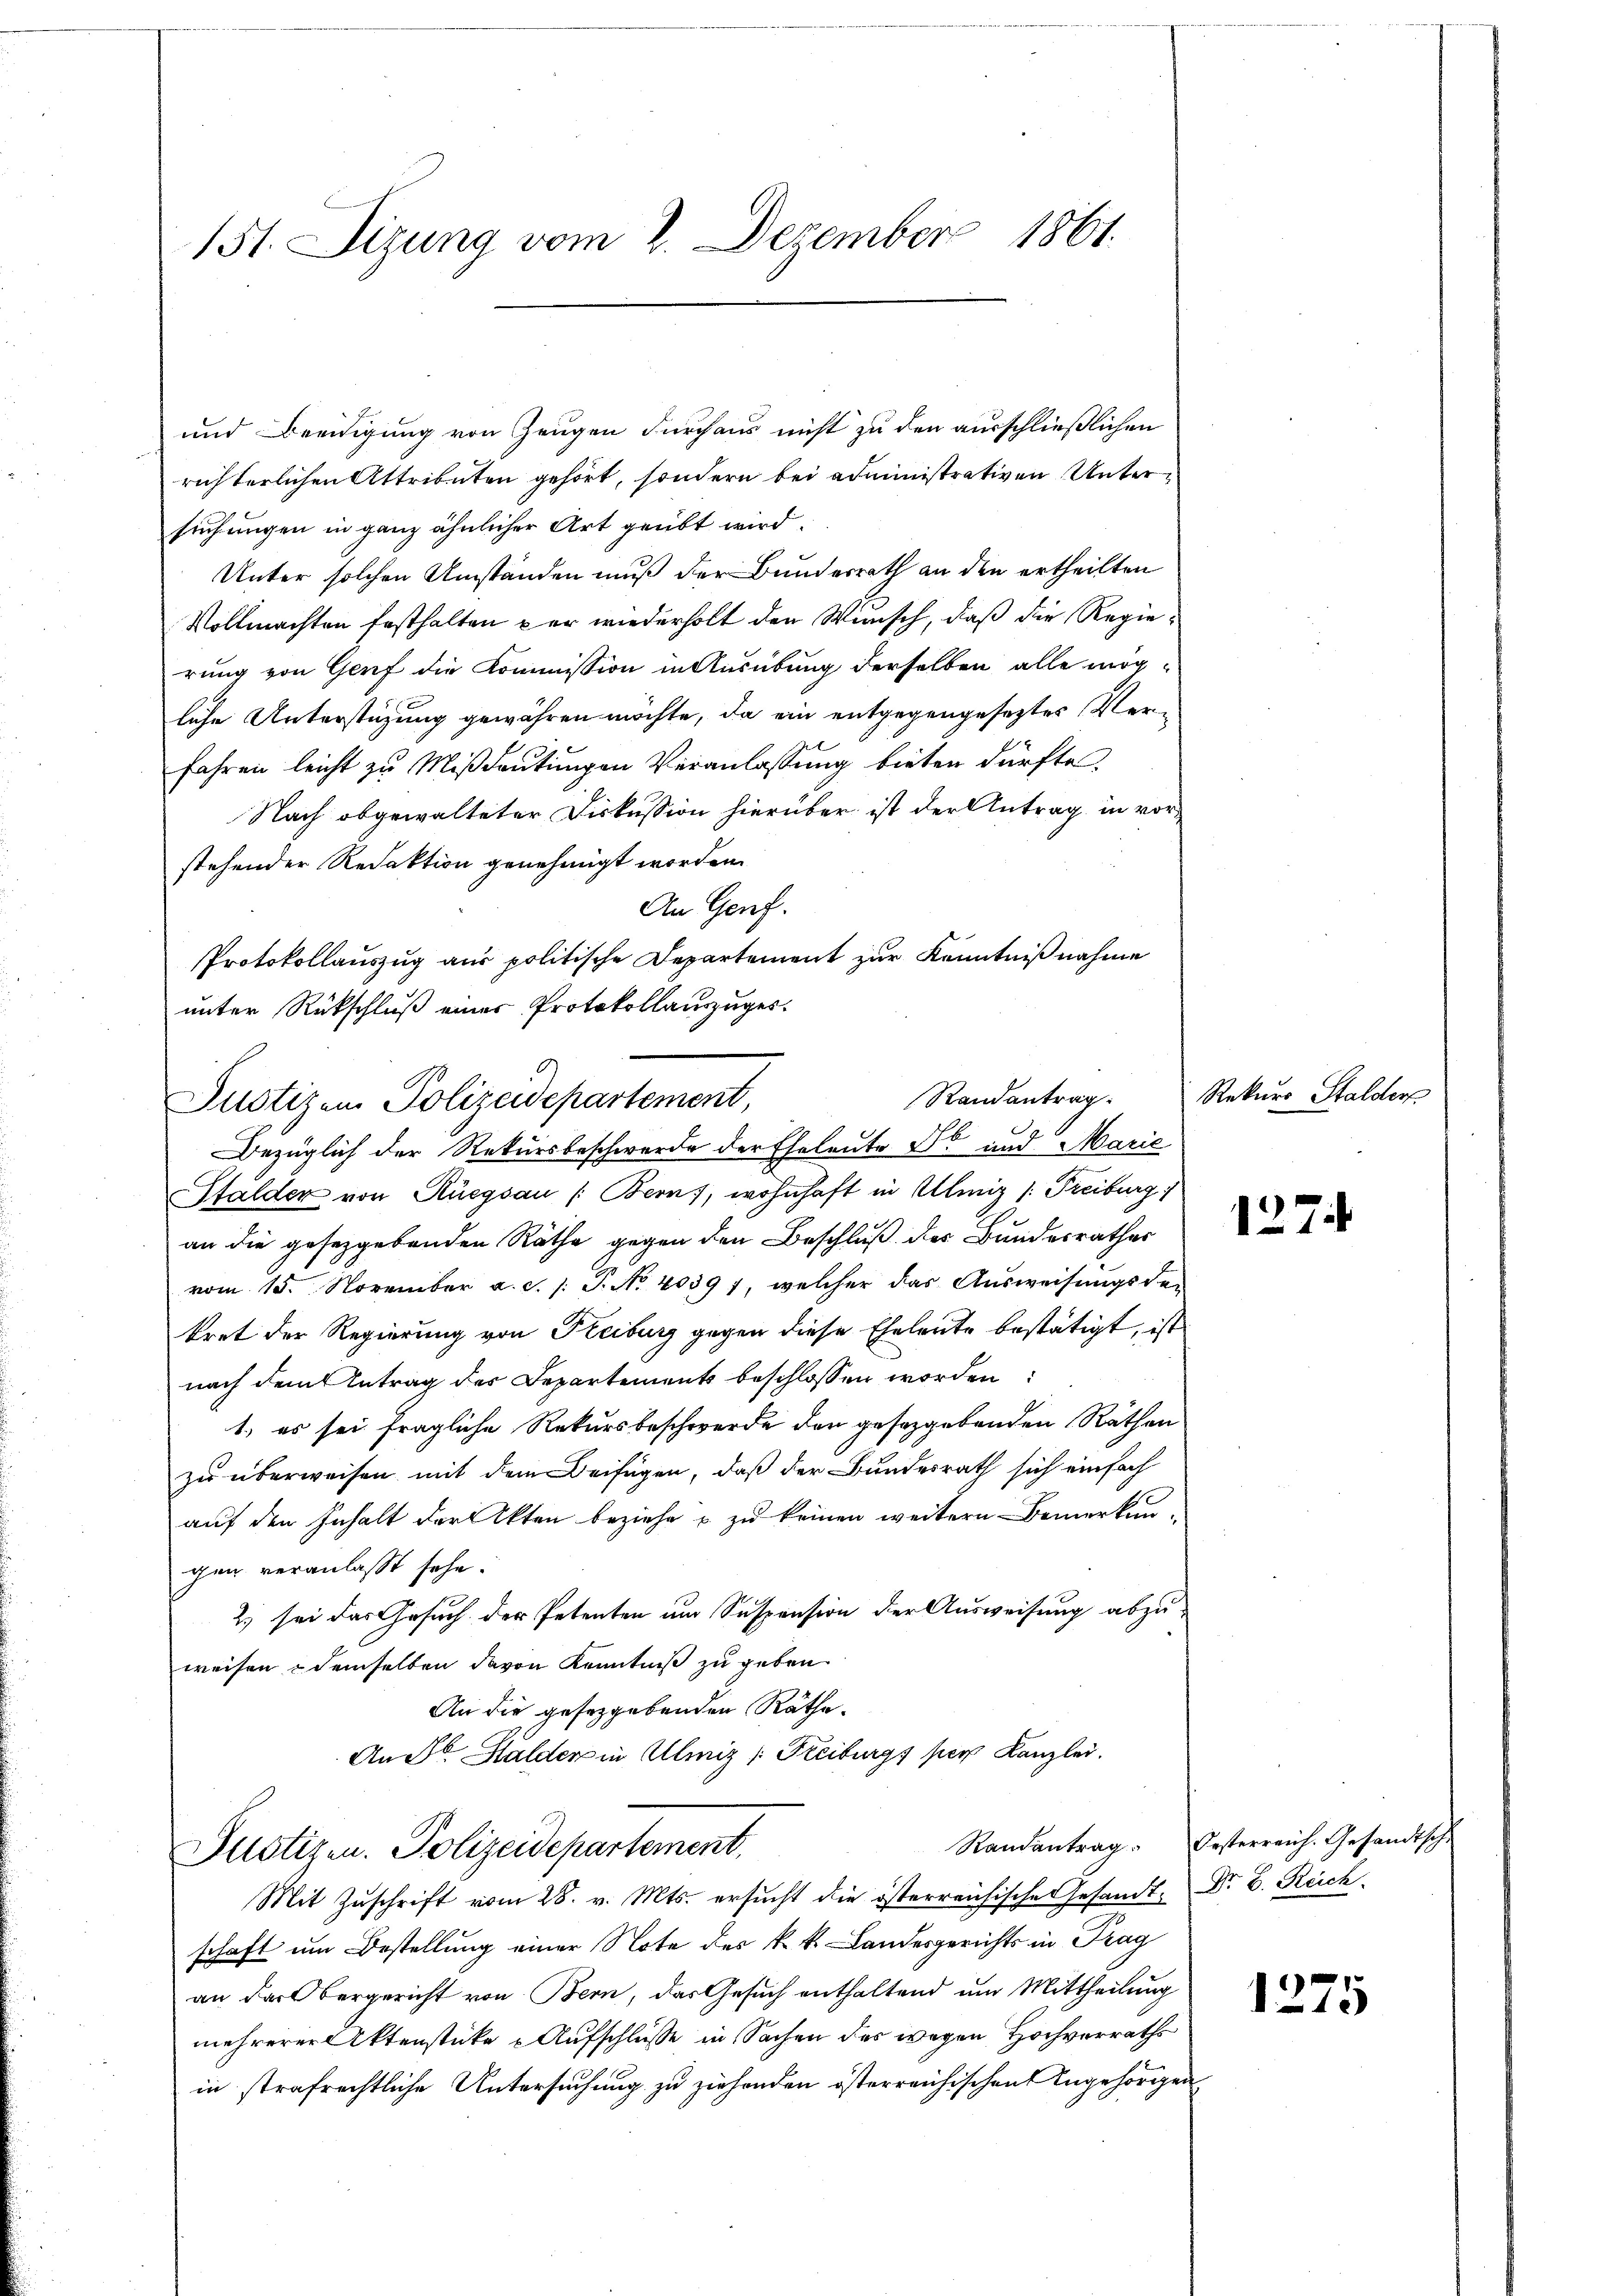
151. Sizung vom 2. Dezember 1861.

und Beeidigung von Zeugen durchaus nicht zu den ausschließlichen
richterlichen Attributen gehört, sondern bei administrativen Untersuchungen in ganz ähnlicher Art geübt wird.
Unter solchen Umständen muß der Bundesrath an den ertheilten
Vollmachten festhalten per wiederholt den Wunsch, daß die Regierung von Genf die Kommission in Ausübung derselben alle mögliche Unterstüzung gewähren möchte, da ein entgegengeseztes Verfahren leicht zu Mißdeutungen Veranlassung bieten dürfte.
Nach abgewalteter Diskussion hierüber ist der Antrag in vorstehender Redaktion genehmigt worden.
An Genf.
Protokollauszug aus politische Departement zur Kenntnißnahme
unter Rückschluß eines Protokollauszuges.

Randantrag
Justizen Polizeidepartement,

Bezüglich der Rekursbeschwerde der Eheleute ds und Marie
Pfalder von Rüegsau /: Bern), wohnhaft in Ulmiz /: Freiburg)
an die gesetzgebenden Räthe gegen den Beschluß der Bundesrathes
vom 15. November a. c. /: P. No 40397, welcher das Ausweisungsde-
kret der Regierung von Pleiburg gegen diese Eheleute bestätigt, ist
nach dem Antrag der Departements beschlossen worden:
1.) es sei fragliche Rekursbeschwerde den gesetzgebenden Räthen
zu überweisen mit dem Beifügen, daß der Bundesrath sich einfach
auf den Inhalt der Akten beziehe u. zu keinen weitern Bemerkungen veranlasst sehe.
2.) sei das Gesuch der Petenten um Suspension der Ausweisung abzu-
weisen & demselben davon Kenntniß zu geben.
An die gesetzgebenden Räthe.
An Fr. Halder in Ulmiz /: Keiburgs per Kanzlei.

Justizen. Polizeidepartement,

Mit Zuschrift vom 28. v. Mts. ersucht die österreichische Gesandt- Dr. C. Reich
schaft um Bestellung einer Note des k. k. Landesgerichts in Trag
an das Obergericht von Bern, das Gesuch enthaltend um Mittheilung
mehrerer Aktenstücke „Aufschlüsse in Sachen des wegen Hochverraths
in strafrechtliche Untersuchung zu ziehenden österreichischen Angehörigen

Rekurs Stalder

127.

Randantrag. Oesterreich. Gesandtsche

1275